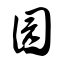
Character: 园